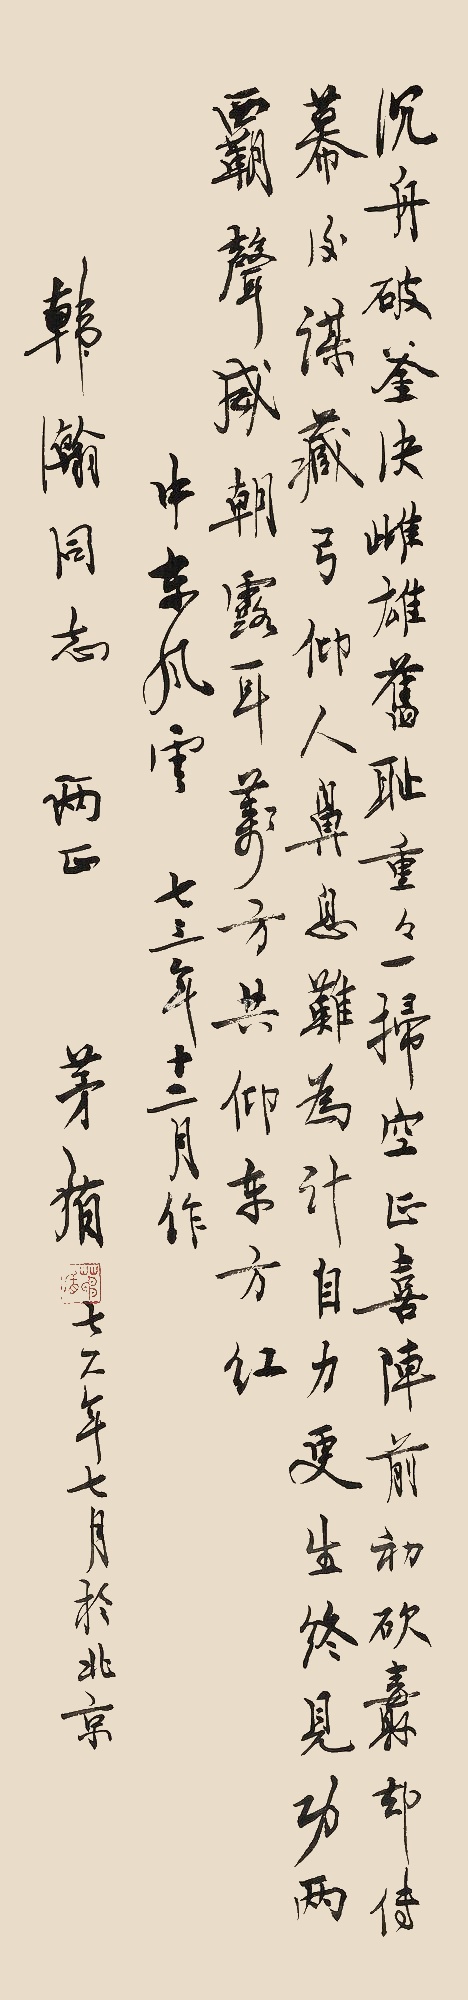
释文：沉舟破釜决雌雄，旧耻重重一扫空。正喜阵前初砍纛，却传幕后谋藏弓。仰人鼻息难为计，自力更生终见功。两霸声威朝露耳，万方共仰东方红。中东风云，七三年十二月作。韩瀚同志两正。茅盾，七六年七月于北京。